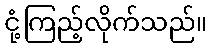
ငုံ့ကြည့်လိုက်သည်။